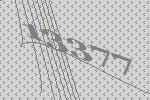
13377